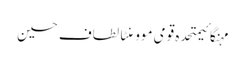
مہنگائیمتحدہ قومی موومنٹالطاف حسین